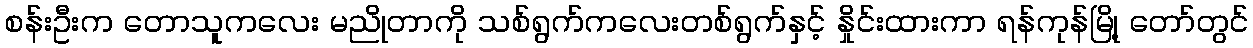
စန်းဦးက တောသူကလေး မညိုတာကို သစ်ရွက်ကလေးတစ်ရွက်နှင့် နှိုင်းထားကာ ရန်ကုန်မြို့ တော်တွင်